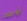
أوجد